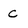
Character: c